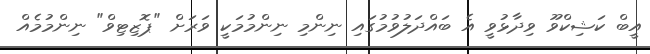
އީބް ކަޝިކްވޫ ވިދާޅުވީ އެ ބައްދަލުވުމުގައި ނިންމި ނިންމުމަކީ ވަރަށް "ޕޮޒިޓިވް" ނިންމުމެއް